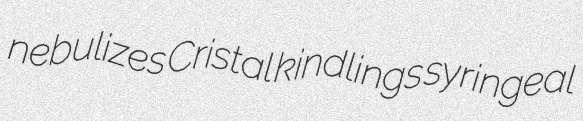
nebulizes Cristal kindlings syringeal